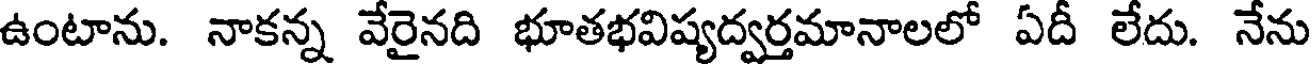
ఉంటాను. నాకన్న వేరైనది భూతభవిష్యద్వర్తమానాలలో ఏదీ లేదు. నేను